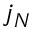
j _ { N }